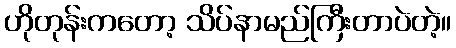
ဟိုတုန်းကတော့ သိပ်နာမည်ကြီးတာပဲတဲ့။